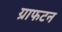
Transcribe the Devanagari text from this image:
ग्राफटन